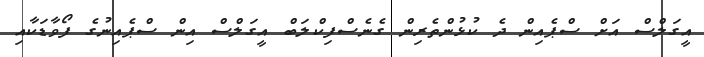
އީގަލްސް އަށް ސްޕެއިން ދެ ކުޅުންތެރިން ގެނެސްފިކްލަބް އީގަލްސް އިން ސްޕެއިނުގެ ފޯވާޑަކާއި